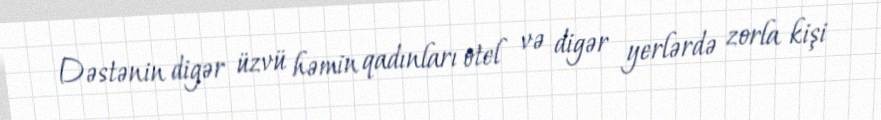
Dəstənin digər üzvü həmin qadınları otel və digər yerlərdə zorla kişi